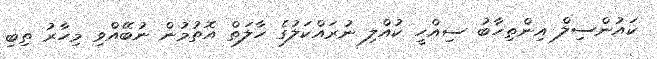
ކައުންސިލް އިންތިހާބު ސިއްހީ ކުއްލި ނުރައްކަލުގެ ހާލަތް އޮތުމުން ނުބޭއްވި މިހާރު ތިބި